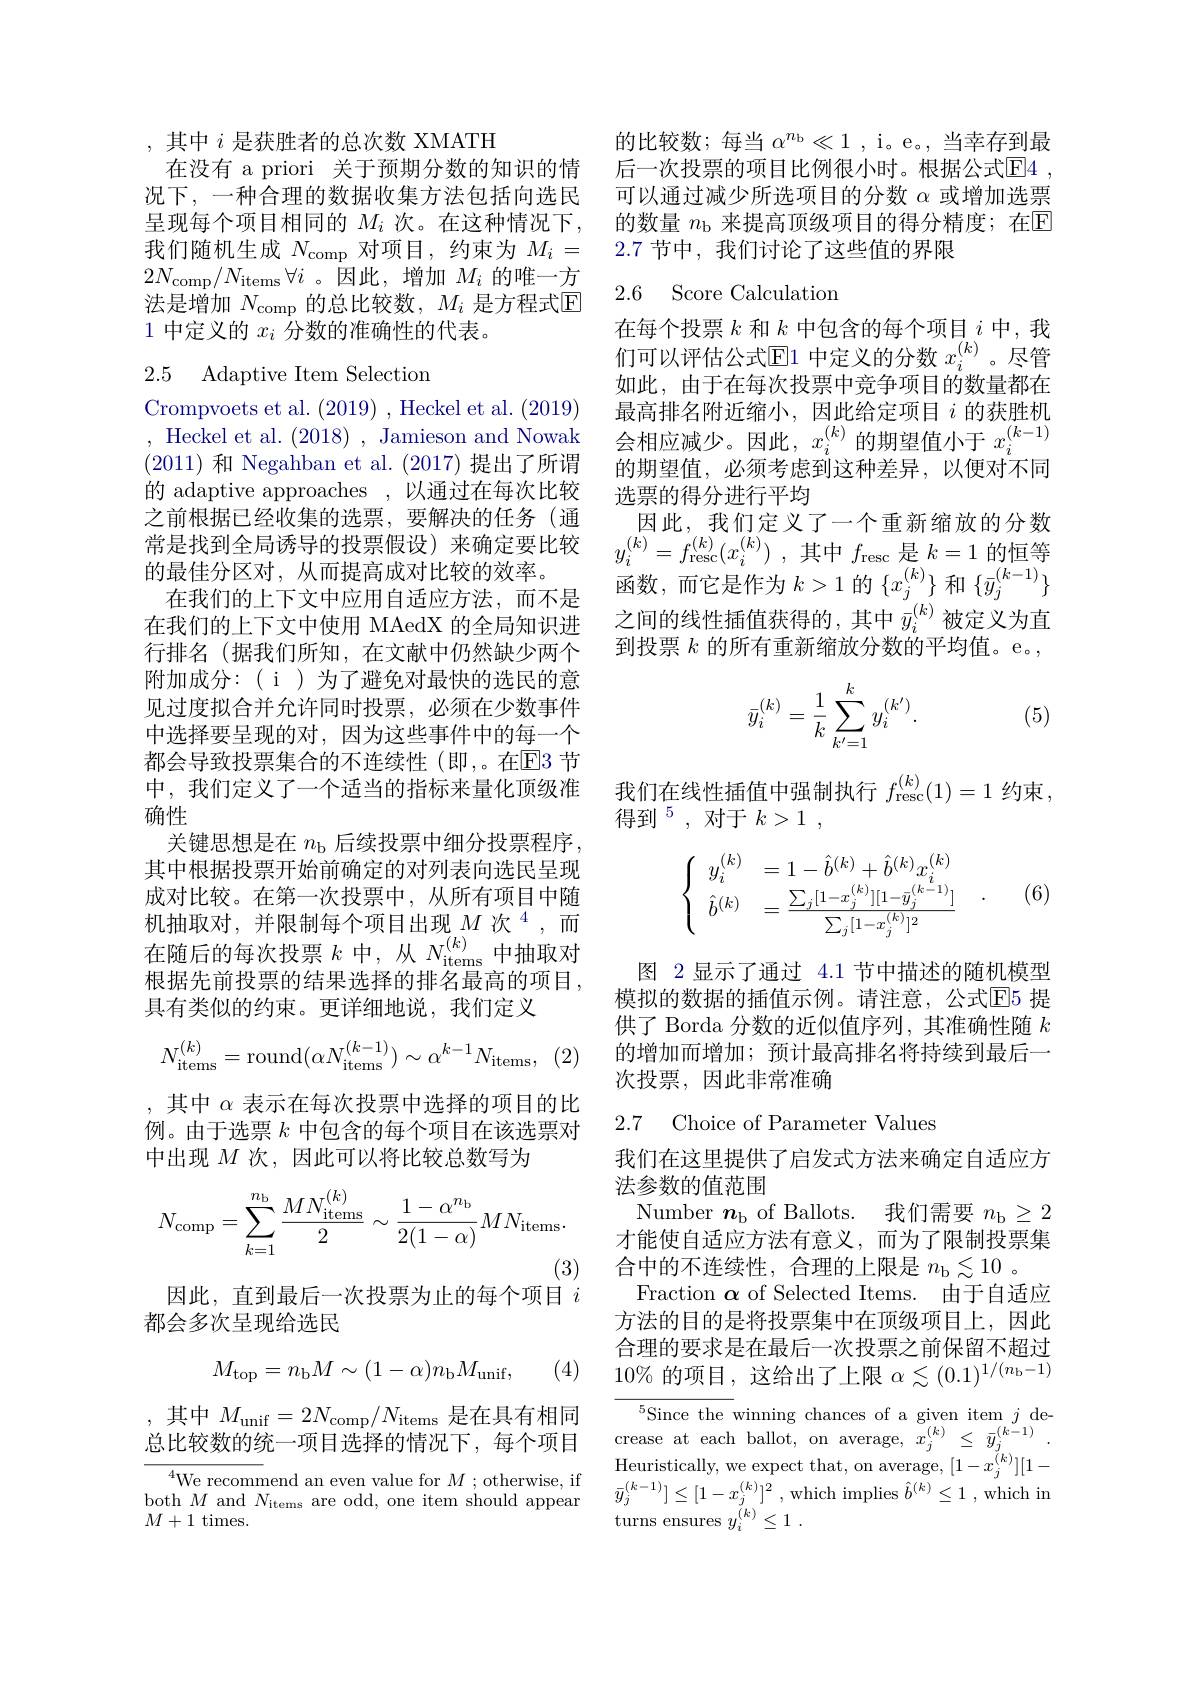
,其中$i$是获胜者的总次数 XMATH
在没有 a priori 关于预期分数的知识的情况下，一种合理的数据收集方法包括向选民呈现每个项目相同的$M_i$次。在这种情况下， 我们随机生成$N_\mathrm{comp}$对项目，约束为$M_i=$ $2N_{\mathrm{comp}}/N_{\mathrm{items}}\forall i$ 。因此，增加$M_i$的唯一方法是增加$N_\mathrm{comp}$的总比较数，$M_i$是方程式$\mathbb{E}$ 1 中定义的$x_i$分数的准确性的代表。

## 2.5 Adaptive Item Selection

Crompvoets et al. (2019) , Heckel et al. (2019) , Heckel et al. (2018), Jamieson and Nowak (2011)和 Negahban et al. (2017)提出了所谓的 adaptive approaches ,以通过在每次比较之前根据已经收集的选票，要解决的任务(通常是找到全局诱导的投票假设)来确定要比较的最佳分区对，从而提高成对比较的效率。
在我们的上下文中应用自适应方法，而不是在我们的上下文中使用 MAedX 的全局知识进行排名(据我们所知，在文献中仍然缺少两个附加成分：( i )为了避免对最快的选民的意见过度拟合并允许同时投票，必须在少数事件中选择要呈现的对，因为这些事件中的每一个都会导致投票集合的不连续性(即，。在$\overline{\mathrm{E}}$3 节中，我们定义了一个适当的指标来量化顶级准确性
关键思想是在$n_\mathrm{b}$后续投票中细分投票程序， 其中根据投票开始前确定的对列表向选民呈现成对比较。在第一次投票中，从所有项目中随机抽取对，并限制每个项目出现$M\text{次}^{4}$,而在随后的每次投票$k$中，从$N_\mathrm{items}^{(k)}$中抽取对根据先前投票的结果选择的排名最高的项目， 具有类似的约束。更详细地说，我们定义
$$N_{\mathrm{items}}^{(k)}=\mathrm{round}(\alpha N_{\mathrm{items}}^{(k-1)})\sim\alpha^{k-1}N_{\mathrm{items}},$$
,其中$\alpha$表示在每次投票中选择的项目的比例。由于选票$k$中包含的每个项目在该选票对中出现$M$次，因此可以将比较总数写为
$$N_{\mathrm{comp}}=\sum_{k=1}^{n_{\mathrm{b}}}\frac{MN_{\mathrm{items}}^{(k)}}{2}\sim\frac{1-\alpha^{n_{\mathrm{b}}}}{2(1-\alpha)}MN_{\mathrm{items}}.$$
因此，直到最后一次投票为止的每个项目$i$

都会多次呈现给选民
$$M_{\mathrm{top}}=n_{\mathrm{b}}M\sim(1-\alpha)n_{\mathrm{b}}M_{\mathrm{unif}},$$
(4)

,其中$M_\mathrm{unif}=2N_\mathrm{comp}/N_\mathrm{items}$是在具有相同总比较数的统一项目选择的情况下，每个项目

$^{4}$We recommend an even value for $M$ ; otherwise, if both $M$ and $N_\mathrm{items}$ are odd, one item should appear $M+1$ times.

的比较数；每当$\alpha^n_{\mathrm{b}}\ll1$ , i。e。, 当幸存到最后一次投票的项目比例很小时。根据公式$\overline{\mathrm{E}}4$ , 可以通过减少所选项目的分数$\alpha$或增加选票的数量 $n_\mathrm{b}$ 来提高顶级项目的得分精度；在$\mathbb{E}$ 2.7节中，我们讨论了这些值的界限

## 2.6 Score Calculation

在每个投票$k$和$k$中包含的每个项目$i$中，我们可以评估公式E1 中定义的分数 $x_i^{(k)}$ 。尽管如此，由于在每次投票中竞争项目的数量都在最高排名附近缩小，因此给定项目$i$ 的获胜机会相应减少。因此$,x_i^{(k)}$的期望值小于$x_i^{(k-1)}$ 的期望值，必须考虑到这种差异，以便对不同选票的得分进行平均
因此，我们定义了一个重新缩放的分数$y_{i}^{( k) }= f_{\mathrm{resc}}^{( k) }( x_{i}^{( k) })$ ,其中$f_{\mathrm{resc}}$是$k=1$的恒等函数，而它是作为$k>1$的$\{x_j^{(k)}\}$和$\{\bar{y}_j^{(k-1)}\}$ 之间的线性插值获得的，其中$\bar{y}_i^{(k)}$被定义为直到投票$k$的所有重新缩放分数的平均值。e。,

(5)
$$\bar{y}_i^{(k)}=\frac{1}{k}\sum_{k^{\prime}=1}^{k}y_i^{(k^{\prime})}.$$
我们在线性插值中强制执行$f_{\mathrm{resc}}^{(k)}(1)=1$约束，
得到$^5$,对于$k>1$,

(6)
$$\begin{cases}&y_i^{(k)}&=1-\hat{b}^{(k)}+\hat{b}^{(k)}x_i^{(k)}\\&\hat{b}^{(k)}&=\frac{\sum_j[1-x_j^{(k)}][1-\bar{y}_j^{(k-1)}]}{\sum_j[1-x_j^{(k)}]^2}\end{cases}.$$
图 2 显示了通过 4.1 节中描述的随机模型模拟的数据的插值示例。请注意，公式$\overline{\mathrm{E}}$5 提供了 Borda 分数的近似值序列，其准确性随$k$ 的增加而增加；预计最高排名将持续到最后一次投票，因此非常准确

2.7 Choice of Parameter Values

我们在这里提供了启发式方法来确定自适应方
法参数的值范围
Number $\boldsymbol n_\mathrm{b}$ of Ballots. 我们需要$n_\mathrm{b}\geq2$ 才能使自适应方法有意义，而为了限制投票集合中的不连续性，合理的上限是$n_\mathrm{b}\lesssim10$ 。
Fraction $\boldsymbol{\alpha}$ of Selected Items. 由于自适应方法的目的是将投票集中在顶级项目上，因此合理的要求是在最后一次投票之前保留不超过$10\%$的项目，这给出了上限$\alpha\lesssim(0.1)^1/(n_{\mathrm{b}}-1)$
${}^{5}$Since the winning chances of a given item $j$ decrease at each ballot, on average, $x_j^{(k)}\leq\bar{y}_j^{(k-1)}.$ $\underset{(a,b)}{\operatorname*{Heuristically,~we~expect~that,~on~average,~[1-x_{j}^{(k)}][1-1]}}$ $\bar{y} _{j}^{( k- 1) }] \leq [ 1- x_{j}^{( k) }] ^{2}$ ,which implies $\hat{b} ^{( k) }\leq 1$ ,which in turns ensures $y_i^{( k) }\leq 1$ .